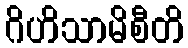
ဂိဟိသာမိစီတိ